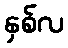
နှစ်လ